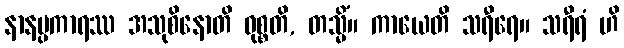
နာနပ္ပကာရဿ အသုစိနောတိ ဝုစ္စတိ, တသ္မိံ။ ကာယေတိ သရီရေ။ သရီရံ ဟိ